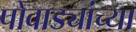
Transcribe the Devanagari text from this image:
पोवाड्यांच्या